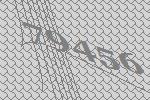
79456